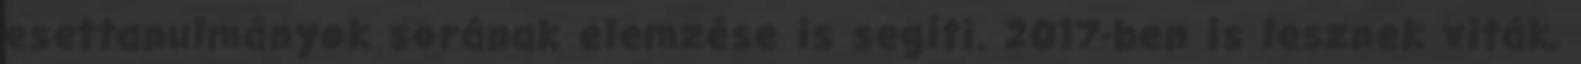
esettanulmányok sorának elemzése is segíti. 2017-ben is lesznek viták,